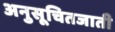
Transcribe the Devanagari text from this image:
अनुसूचितजाती